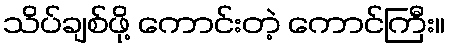
သိပ်ချစ်ဖို့ ကောင်းတဲ့ ကောင်ကြီး။